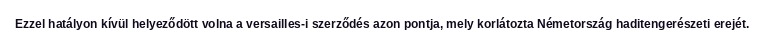
Ezzel hatályon kívül helyeződött volna a versailles-i szerződés azon pontja, mely korlátozta Németország haditengerészeti erejét.